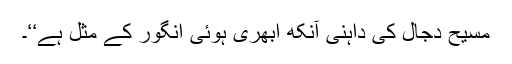
مسیح دجال کی داہنی آنکھ ابھری ہوئی انگور کے مثل ہے‘‘۔